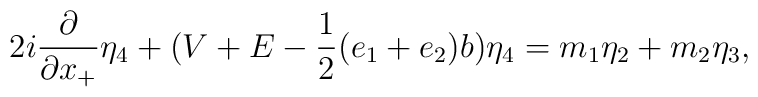
2i \frac{\partial}{\partial x_{+}} {\eta}_4 +(V +E -\frac{1}{2}(e_1+e_2)b ) {\eta}_4=  m_1 {\eta}_2 + m_2 {\eta}_3,